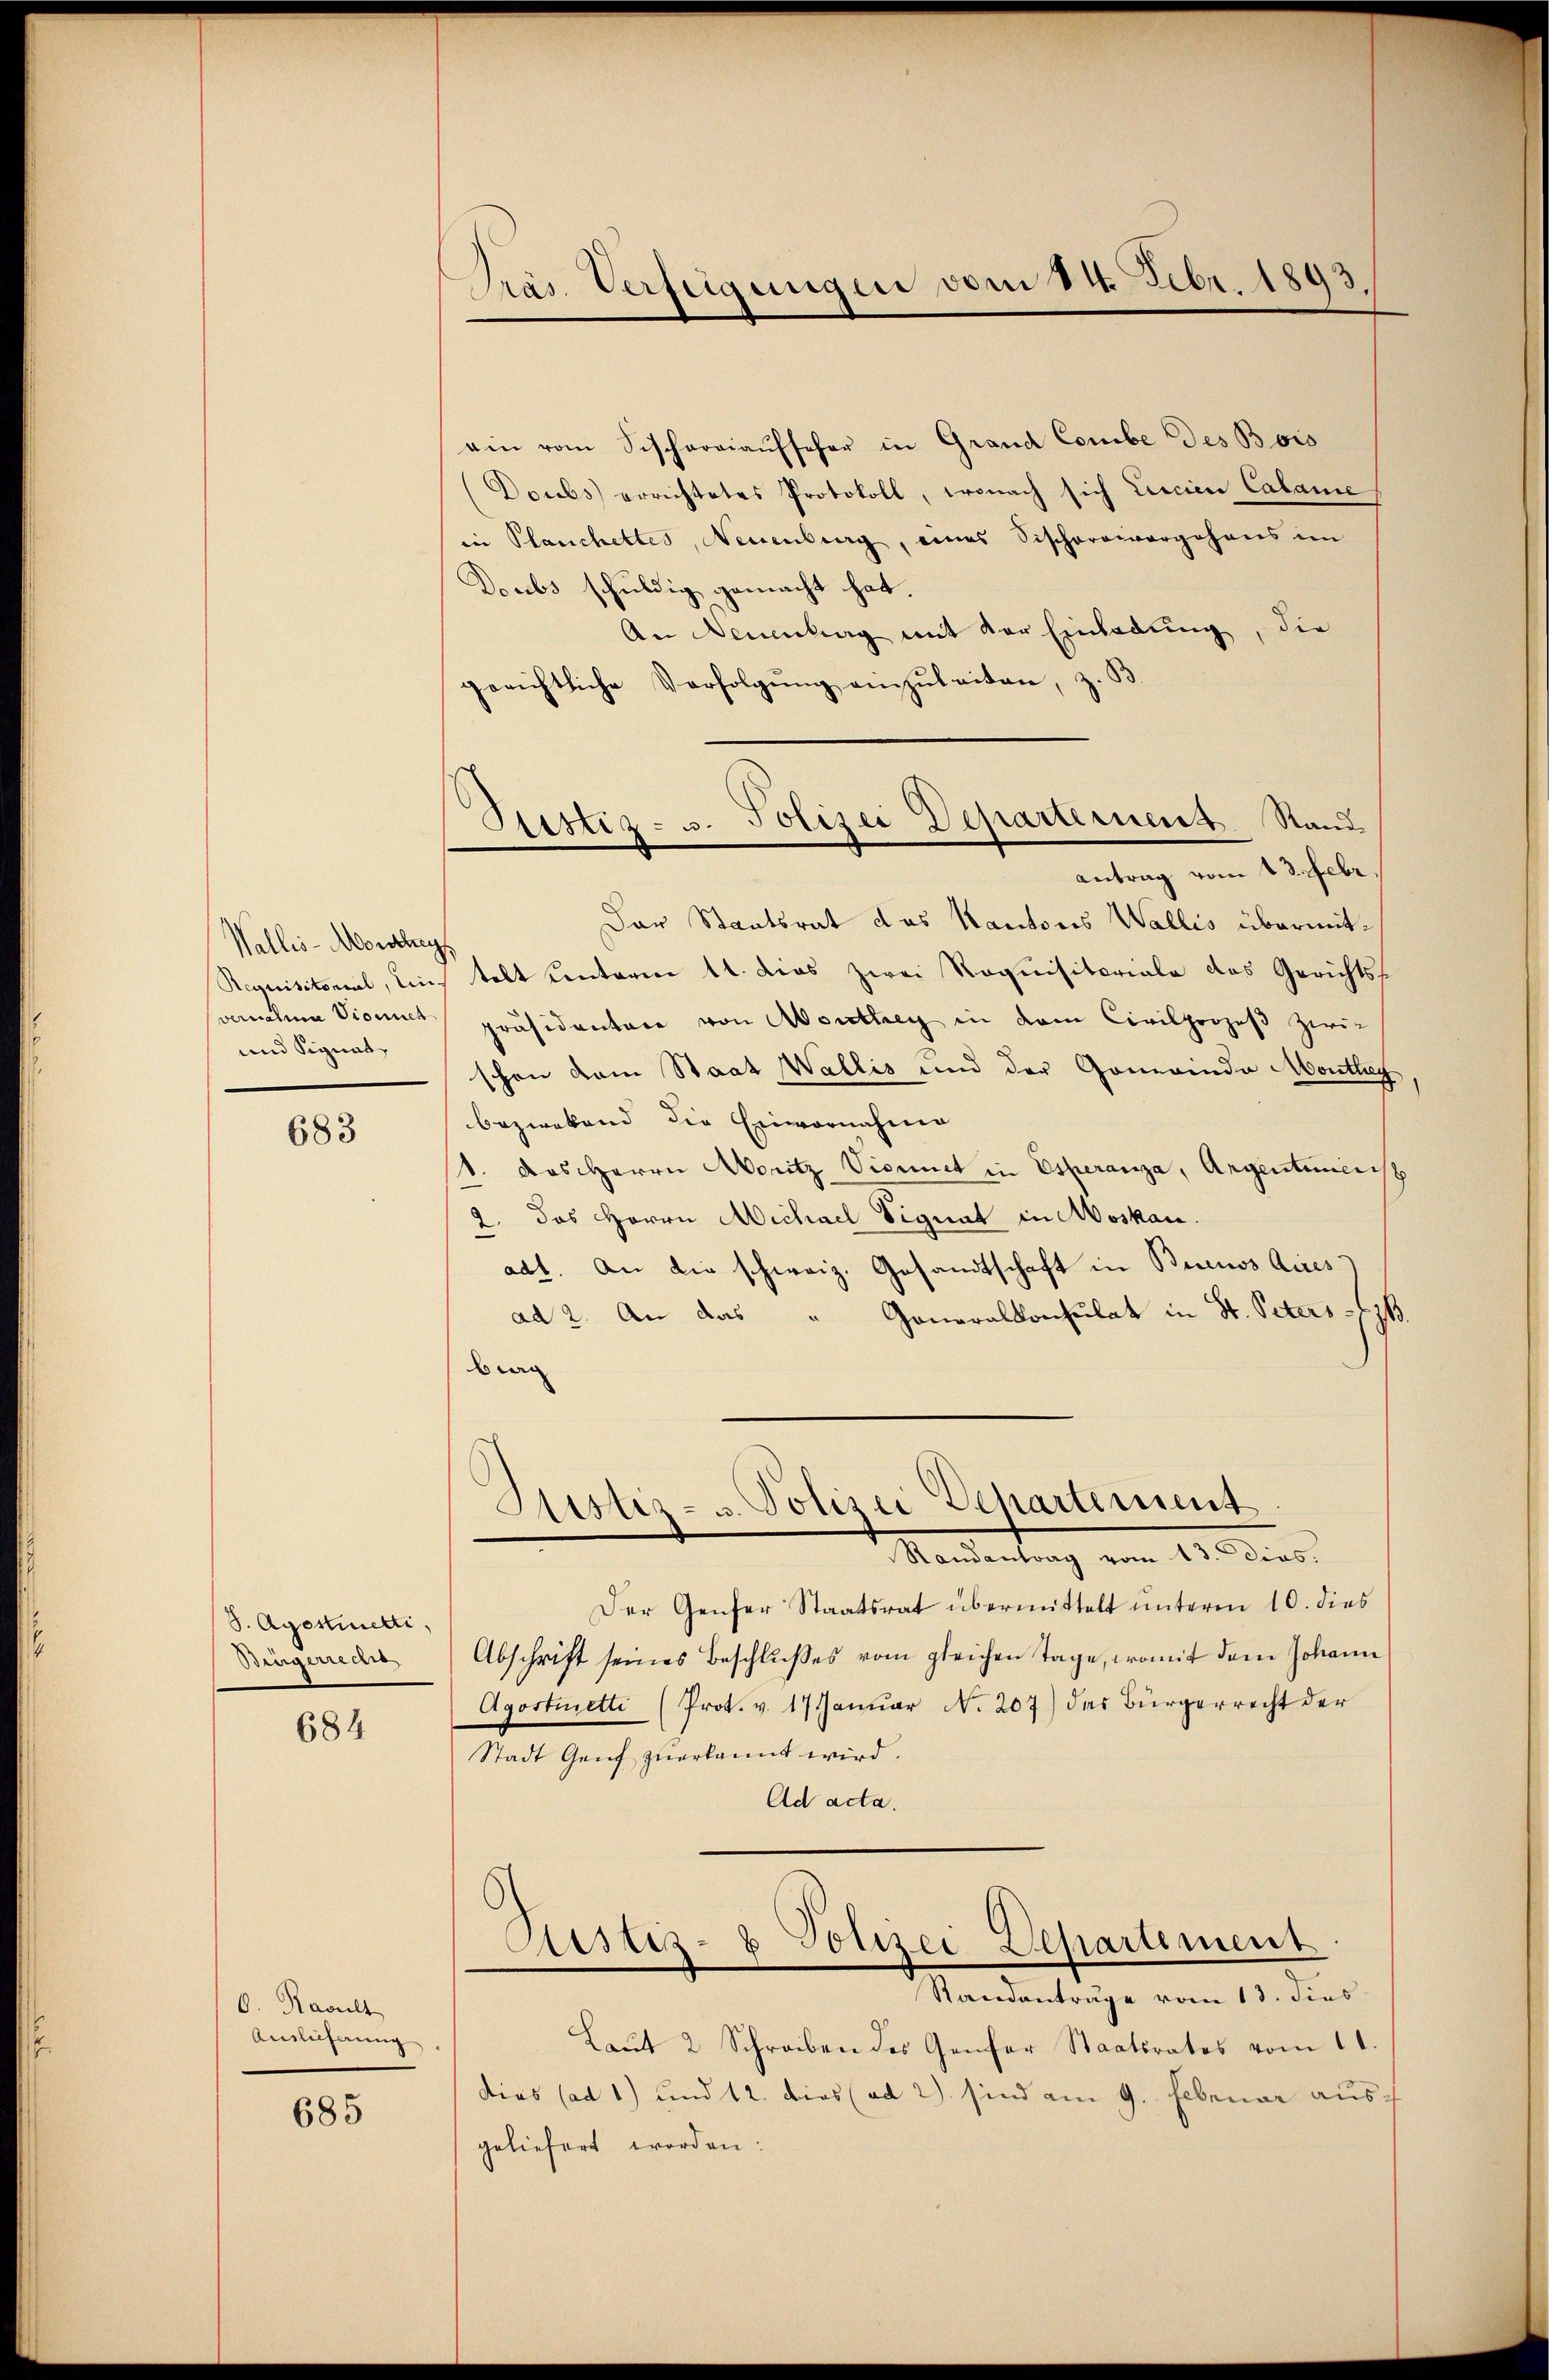
Wallis-Monthey
Requisitorial, Ein-
vernahme Vionnet
und Signat

683

S. Agestetti.
Bingerreche

684

O. Facult
Auslieferung

685

Pras Verfügungen vom 14. Febr. 1893.

Sistiz- u. Polizei Departement Stand
Antrag vom 13. Febr.

ain vom Sischargiaŭfseher in Grand Combe des Boro
Doubs errichtetes Protokoll, wonach sich Lercice Calame
in Planchettes, Neuenburg, eines Tischereivergehens im
Doubs schuldig gemacht hat.
An Neuenburg mit der Einladung, die
gerichtliche Verfolgung einzuleiten, z. B.
Dar Staatsrat das Kantons Wallis übermittelt Centarie 11. dies zwei Roquisitoriale das Gerichts-
präsidentare von Monthey in dem Civilprozeß zwi-
schon dem Staat Wallis und der Gemeinde Montag,
bezwekend die Einvernahme
1. das Herrn Moritz Vionnet in Esperanza, Argentimentsp
2. das Herrn Michael Signat in Moskau
adt. An die schweiz. Gesandtschaft in Buenos Aires
ad 2. An das " Generalkonsulat in St. Peters fi
bran
Justiz- u. Polizei Departement
Randantrag vom 13. dies.
Der Genser Staatsrat übermittelt unterm 10. dies
Abschrift seines Beschlußes vom gleichen Tage, womit dem Johann
Agostmetti (Prot. v. 17 Januar No. 207) das Bürgerrecht der
Stadt Genf zuerkannt wird.
Ad acta.
Sistiz- & Polizei Departement
Randanträge vom 13. dies
Laŭt 2 Schreiben des Genfer Staatsrates vom 11.
dias (ad 1) und 12. dies (ad 2) sind am 9. Februar aus
geliefert worden.